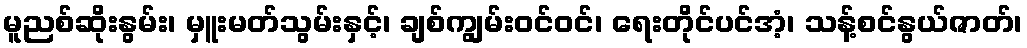
မူညစ်ဆိုးနွမ်း၊ မှူးမတ်သွမ်းနှင့်၊ ချစ်ကျွမ်းဝင်ဝင်၊ ရေးတိုင်ပင်အံ့၊ သန့်စင်နွယ်ဇာတ်၊